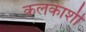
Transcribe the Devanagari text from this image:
कलकाशी